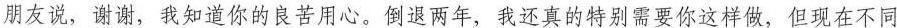
朋友说，谢谢，我知道你的良苦用心。倒退两年，我还真的特别需要你这样做，但现在不同